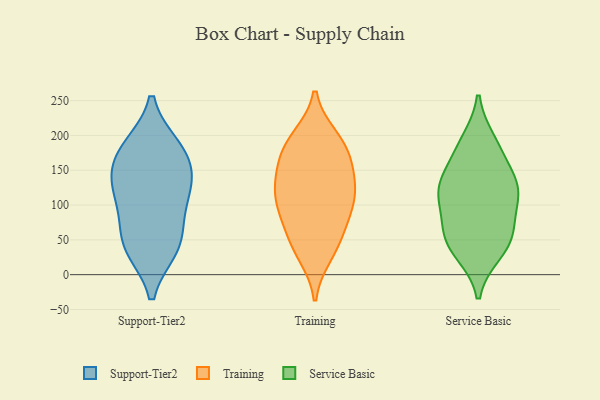
{"axis": {"x": "Tickets Resolved", "y": "Value"}, "legend": ["Service Basic", "Support-Tier2", "Training"], "data": [{"x": "", "y": 38, "type": "Support-Tier2"}, {"x": "", "y": 42, "type": "Support-Tier2"}, {"x": "", "y": 142, "type": "Support-Tier2"}, {"x": "", "y": 125, "type": "Support-Tier2"}, {"x": "", "y": 183, "type": "Support-Tier2"}, {"x": "", "y": 42, "type": "Support-Tier2"}, {"x": "", "y": 134, "type": "Support-Tier2"}, {"x": "", "y": 81, "type": "Support-Tier2"}, {"x": "", "y": 182, "type": "Support-Tier2"}, {"x": "", "y": 107, "type": "Support-Tier2"}, {"x": "", "y": 172, "type": "Support-Tier2"}, {"x": "", "y": 170, "type": "Training"}, {"x": "", "y": 132, "type": "Training"}, {"x": "", "y": 196, "type": "Training"}, {"x": "", "y": 106, "type": "Training"}, {"x": "", "y": 97, "type": "Training"}, {"x": "", "y": 30, "type": "Training"}, {"x": "", "y": 95, "type": "Training"}, {"x": "", "y": 183, "type": "Training"}, {"x": "", "y": 80, "type": "Training"}, {"x": "", "y": 128, "type": "Training"}, {"x": "", "y": 131, "type": "Training"}, {"x": "", "y": 192, "type": "Training"}, {"x": "", "y": 48, "type": "Training"}, {"x": "", "y": 43, "type": "Training"}, {"x": "", "y": 158, "type": "Training"}, {"x": "", "y": 32, "type": "Service Basic"}, {"x": "", "y": 191, "type": "Service Basic"}, {"x": "", "y": 66, "type": "Service Basic"}, {"x": "", "y": 122, "type": "Service Basic"}, {"x": "", "y": 115, "type": "Service Basic"}, {"x": "", "y": 44, "type": "Service Basic"}, {"x": "", "y": 132, "type": "Service Basic"}, {"x": "", "y": 173, "type": "Service Basic"}, {"x": "", "y": 120, "type": "Service Basic"}, {"x": "", "y": 65, "type": "Service Basic"}]}